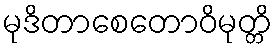
မုဒိတာစေတောဝိမုတ္တိ